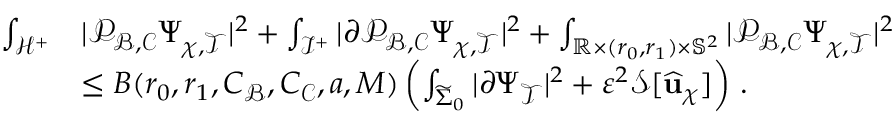
\begin{array} { r l } { \int _ { \mathcal { H } ^ { + } } } & { | \mathcal { P } _ { \mathcal { B } , \mathcal { C } } \Psi _ { \chi , \mathcal { T } } | ^ { 2 } + \int _ { \mathcal { I } ^ { + } } | \partial \mathcal { P } _ { \mathcal { B } , \mathcal { C } } \Psi _ { \chi , \mathcal { T } } | ^ { 2 } + \int _ { \mathbb { R } \times ( r _ { 0 } , r _ { 1 } ) \times \mathbb { S } ^ { 2 } } | \mathcal { P } _ { \mathcal { B } , \mathcal { C } } \Psi _ { \chi , \mathcal { T } } | ^ { 2 } } \\ & { \leq B ( r _ { 0 } , r _ { 1 } , C _ { \mathcal { B } } , C _ { \mathcal { C } } , a , M ) \left( \int _ { \widetilde { \Sigma } _ { 0 } } | \partial \Psi _ { \mathcal { T } } | ^ { 2 } + \varepsilon ^ { 2 } \mathcal { S } [ \widehat { \mathbf { u } } _ { \chi } ] \right) \, . } \end{array}